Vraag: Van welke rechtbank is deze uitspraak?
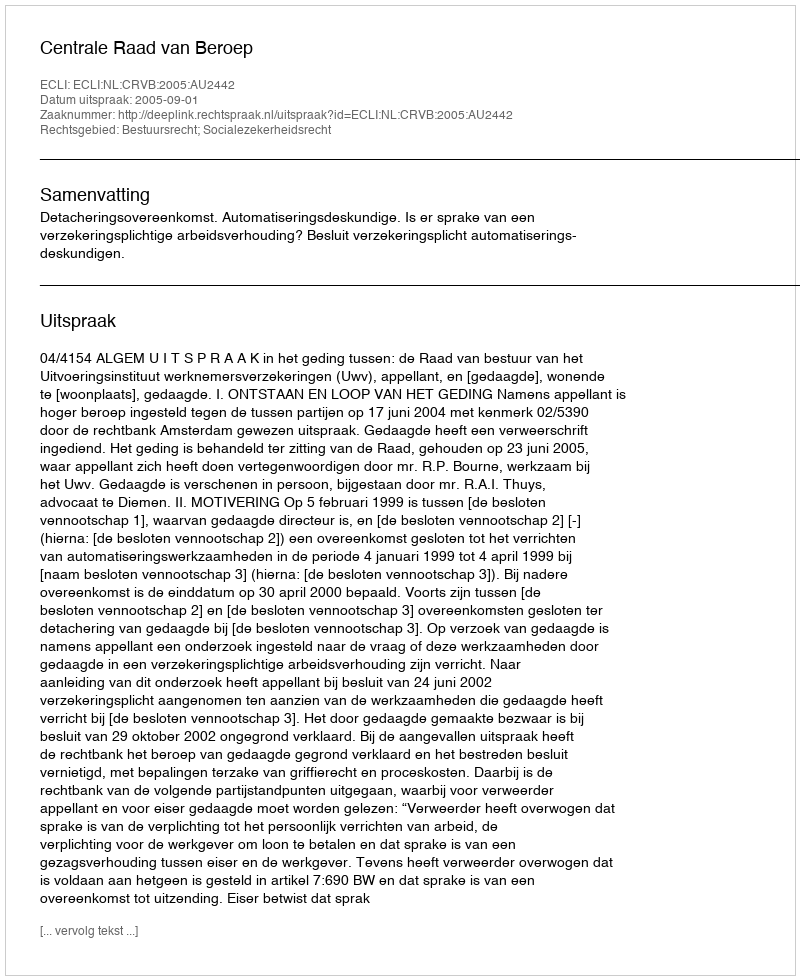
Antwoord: Centrale Raad van Beroep